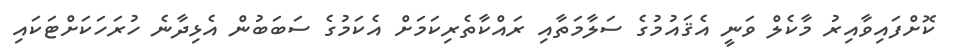
ކޮށްފައިވާއިރު މާކެލް ވަނީ އެޤައުމުގެ ސަލާމަތާއި ރައްކާތެރިކަމަށް އެކަމުގެ ސަބަބުން އެޅިދާނެ ހުރަހަކަށްޓަކައި